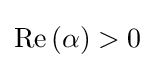
\operatorname {Re} \left(\alpha \right)>0